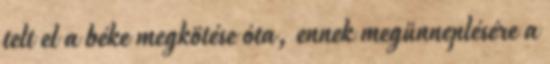
telt el a béke megkötése óta, ennek megünneplésére a